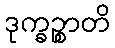
ဒုက္ခဉ္စာတိ